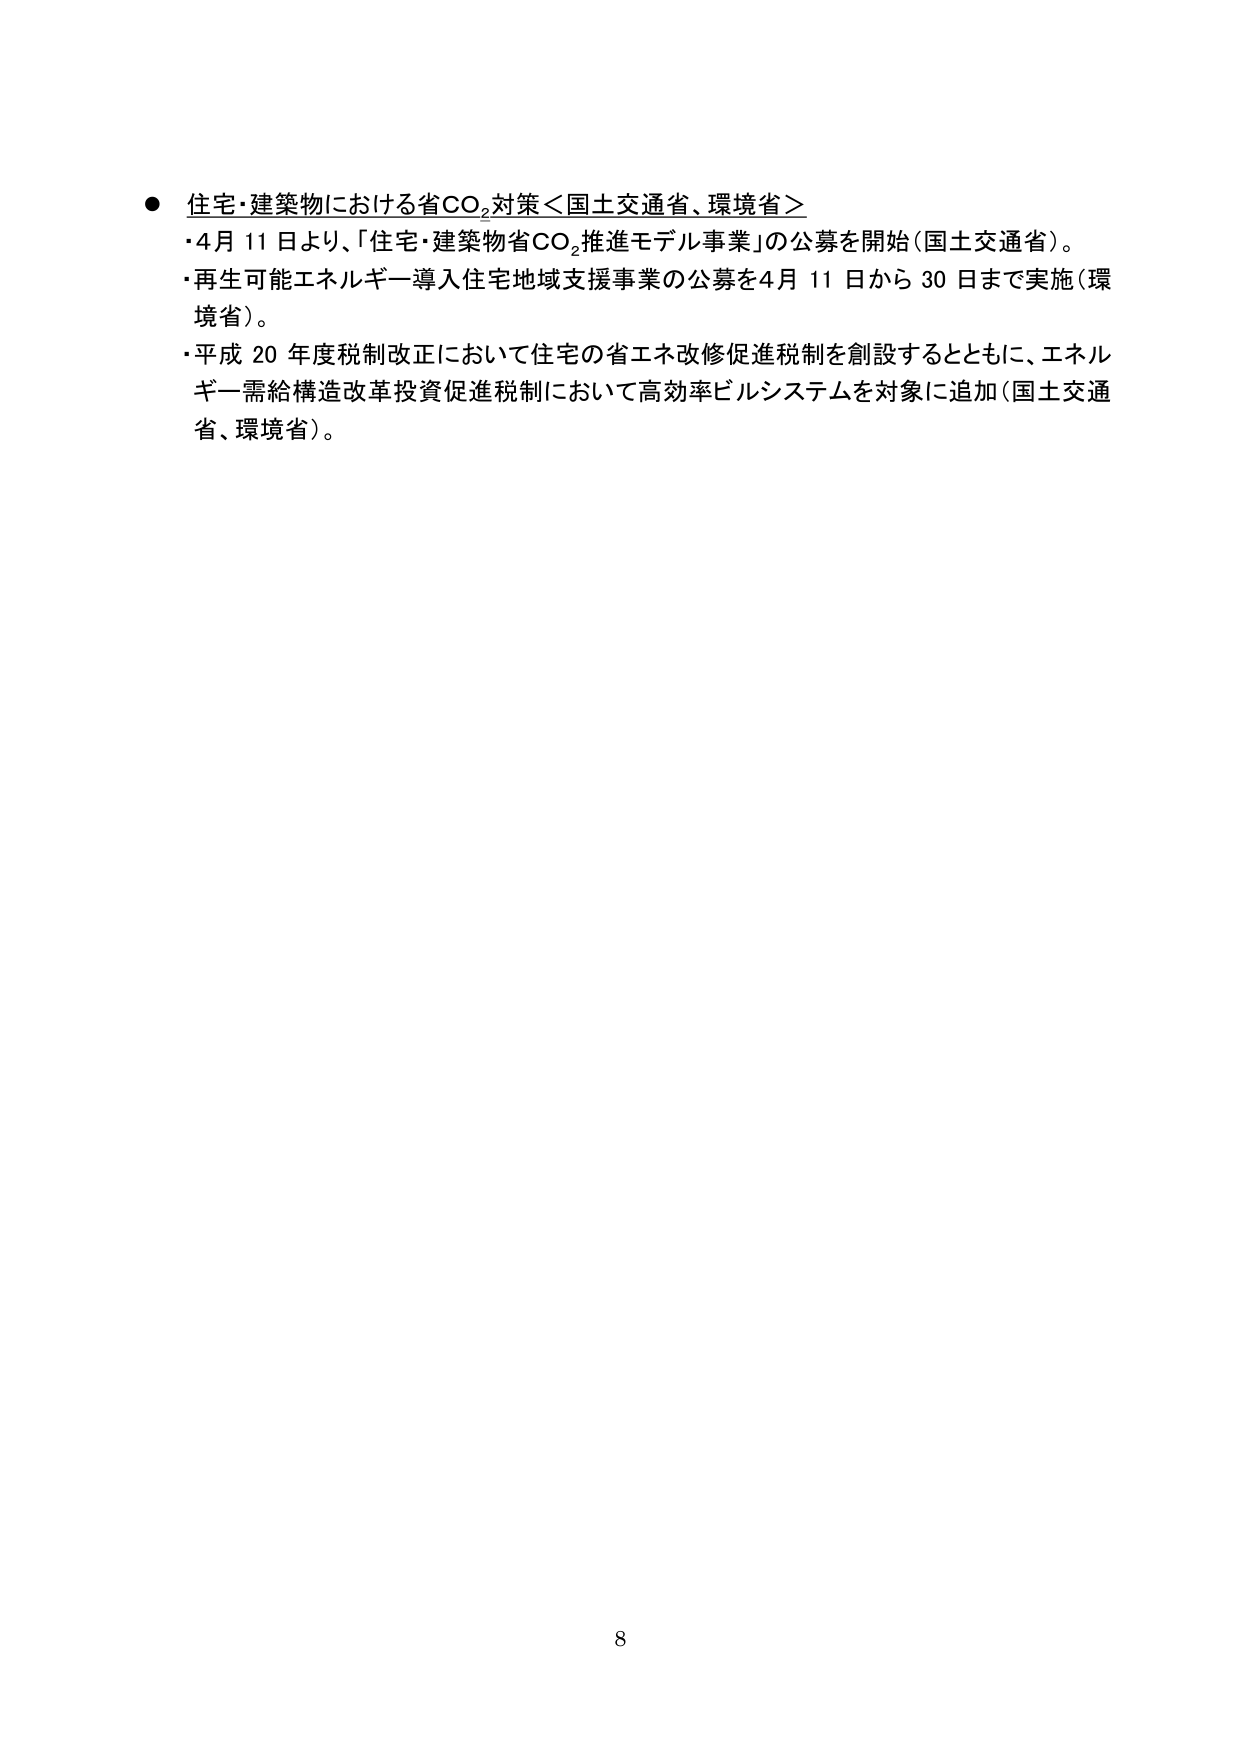
● 住宅・建築物における省CO₂対策＜国土交通省、環境省＞
・4月11日より、「住宅・建築物省CO₂推進モデル事業」の公募を開始（国土交通省）。
・再生可能エネルギー導入住宅地域支援事業の公募を4月11日から30日まで実施（環境省）。
・平成20年度税制改正において住宅の省エネ改修促進税制を創設するとともに、エネルギー需給構造改革投資促進税制において高効率ビルシステムを対象に追加（国土交通省、環境省）。

8